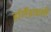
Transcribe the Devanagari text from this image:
हॉलैंडवासी